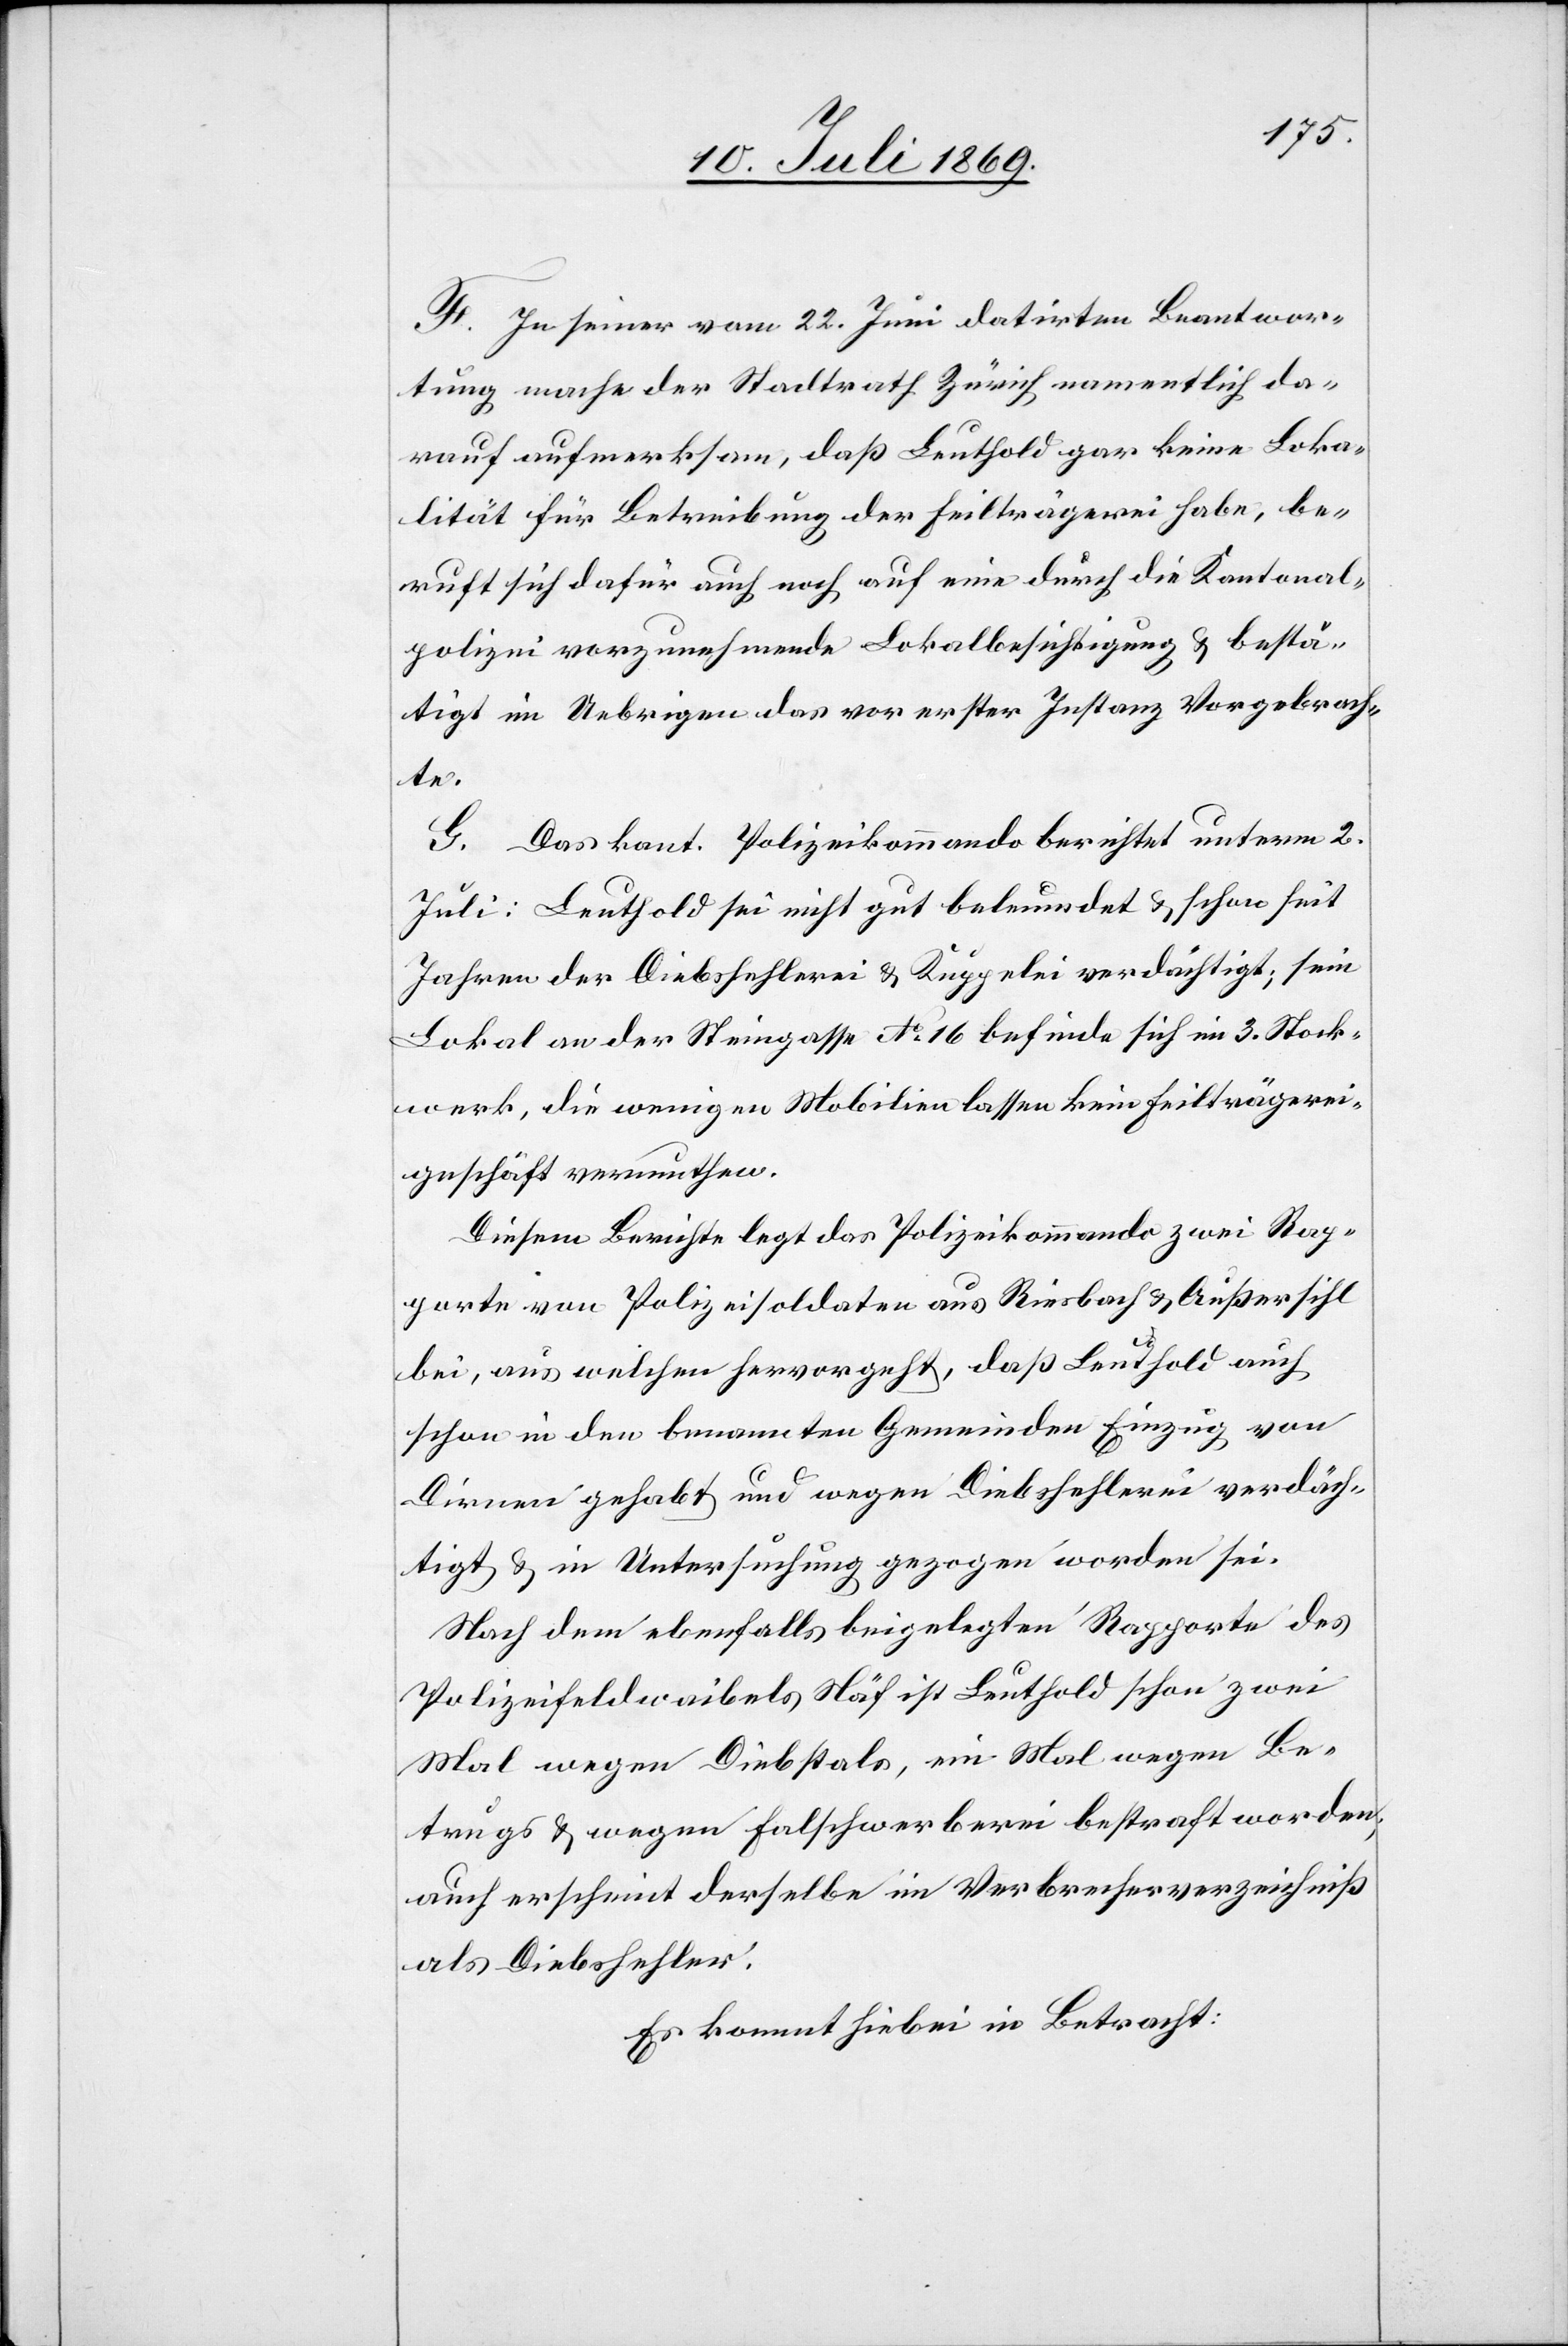
F. In seiner vom 22 Juni datirten Beantwor¬
tung mache der Stadtrath Zürich namentlich da¬
rauf aufmerksam, daß Leuthold gar keine Loka¬
lität für Betreibung der Feilträgerei habe, be¬
ruft sich dafür auch noch auf eine durch die Kantonal¬
polizei vorzunehmende Lokalbesichtigung u. bestä¬
tigt im Uebrigen das vor erster Instanz Vorgebrach¬
te.
G. Das kant. Polizeikommando berichtet unterm 2
Juli: Leuthold sei nicht gut beleumdet u. schon seit
Jahren der Diebshehlerei u. Kuppelei verdächtigt, sein
Lokal an der Steingasse N° 16 befinde sich im 3 Stock¬
werk, die wenigen Mobilien lassen kein Feilträgerei¬
geschäft vermuthen.
Diesem Berichte legt das Polizeikommando zwei Rap¬
porte von Polizeisoldaten aus Riesbach u. Außersihl
bei, aus welchen hervorgeht, daß Leuthold auch
schon in den benannten Gemeinden Einzug von
Dirnen gehabt und wegen Diebshehlerei verdäch¬
tigt u. in Untersuchung gezogen worden sei.
Nach dem ebenfalls beigelegten Rapporte des
Polizeifeldwaibels Näft ist Leuthold schon zwei
Mal wegen Diebstals, ein Mal wegen Be¬
trugs u. wegen Falschwerberei bestraft worden,
auch erscheint derselbe im Verbrecherverzeichniß
als Diebshehler.
Es kommt hiebei in Betracht: